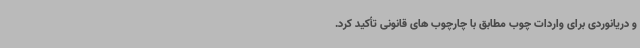
و دریانوردی برای واردات چوب مطابق با چارچوب های قانونی تأکید کرد.